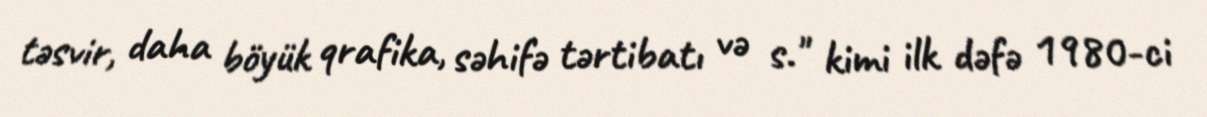
təsvir, daha böyük qrafika, səhifə tərtibatı və s." kimi ilk dəfə 1980-ci